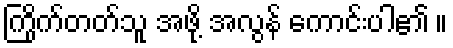
ကြိုက်တတ်သူ အဖို့ အလွန် ကောင်းပါ၏ ။